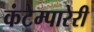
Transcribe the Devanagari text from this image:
कंटेम्पारेरी